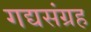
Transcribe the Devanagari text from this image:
गद्यसंग्रह